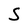
Character: S